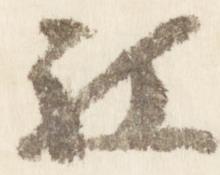
被